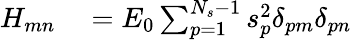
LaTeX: \begin{array}{rl}{H_{mn}}&{{}=E_{0}\sum_{p=1}^{N_{s}-1}{s_{p}^{2}\delta_{pm}\delta_{pn}}}\end{array}